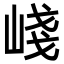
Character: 㟞